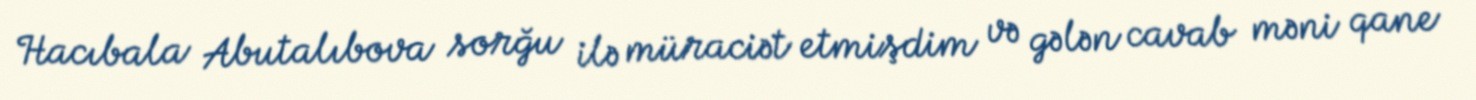
Hacıbala Abutalıbova sorğu ilə müraciət etmişdim və gələn cavab məni qane